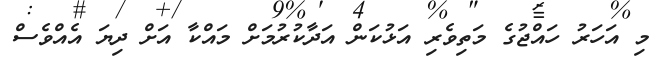
މި އަހަރު ހައްޖުގެ މަތިވެރި އަޅުކަން އަދާކުރުމަށް މައްކާ އަށް ދިޔަ އެއްވެސް